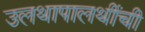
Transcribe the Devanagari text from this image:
उलथापालथींची